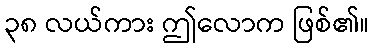
၃၈ လယ်ကား ဤလောက ဖြစ်၏။